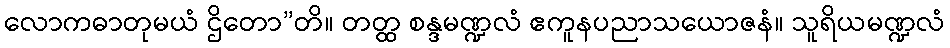
လောကဓာတုမယံ ဌိတော”တိ။ တတ္ထ စန္ဒမဏ္ဍလံ ဧကူနပညာသယောဇနံ။ သူရိယမဏ္ဍလံ